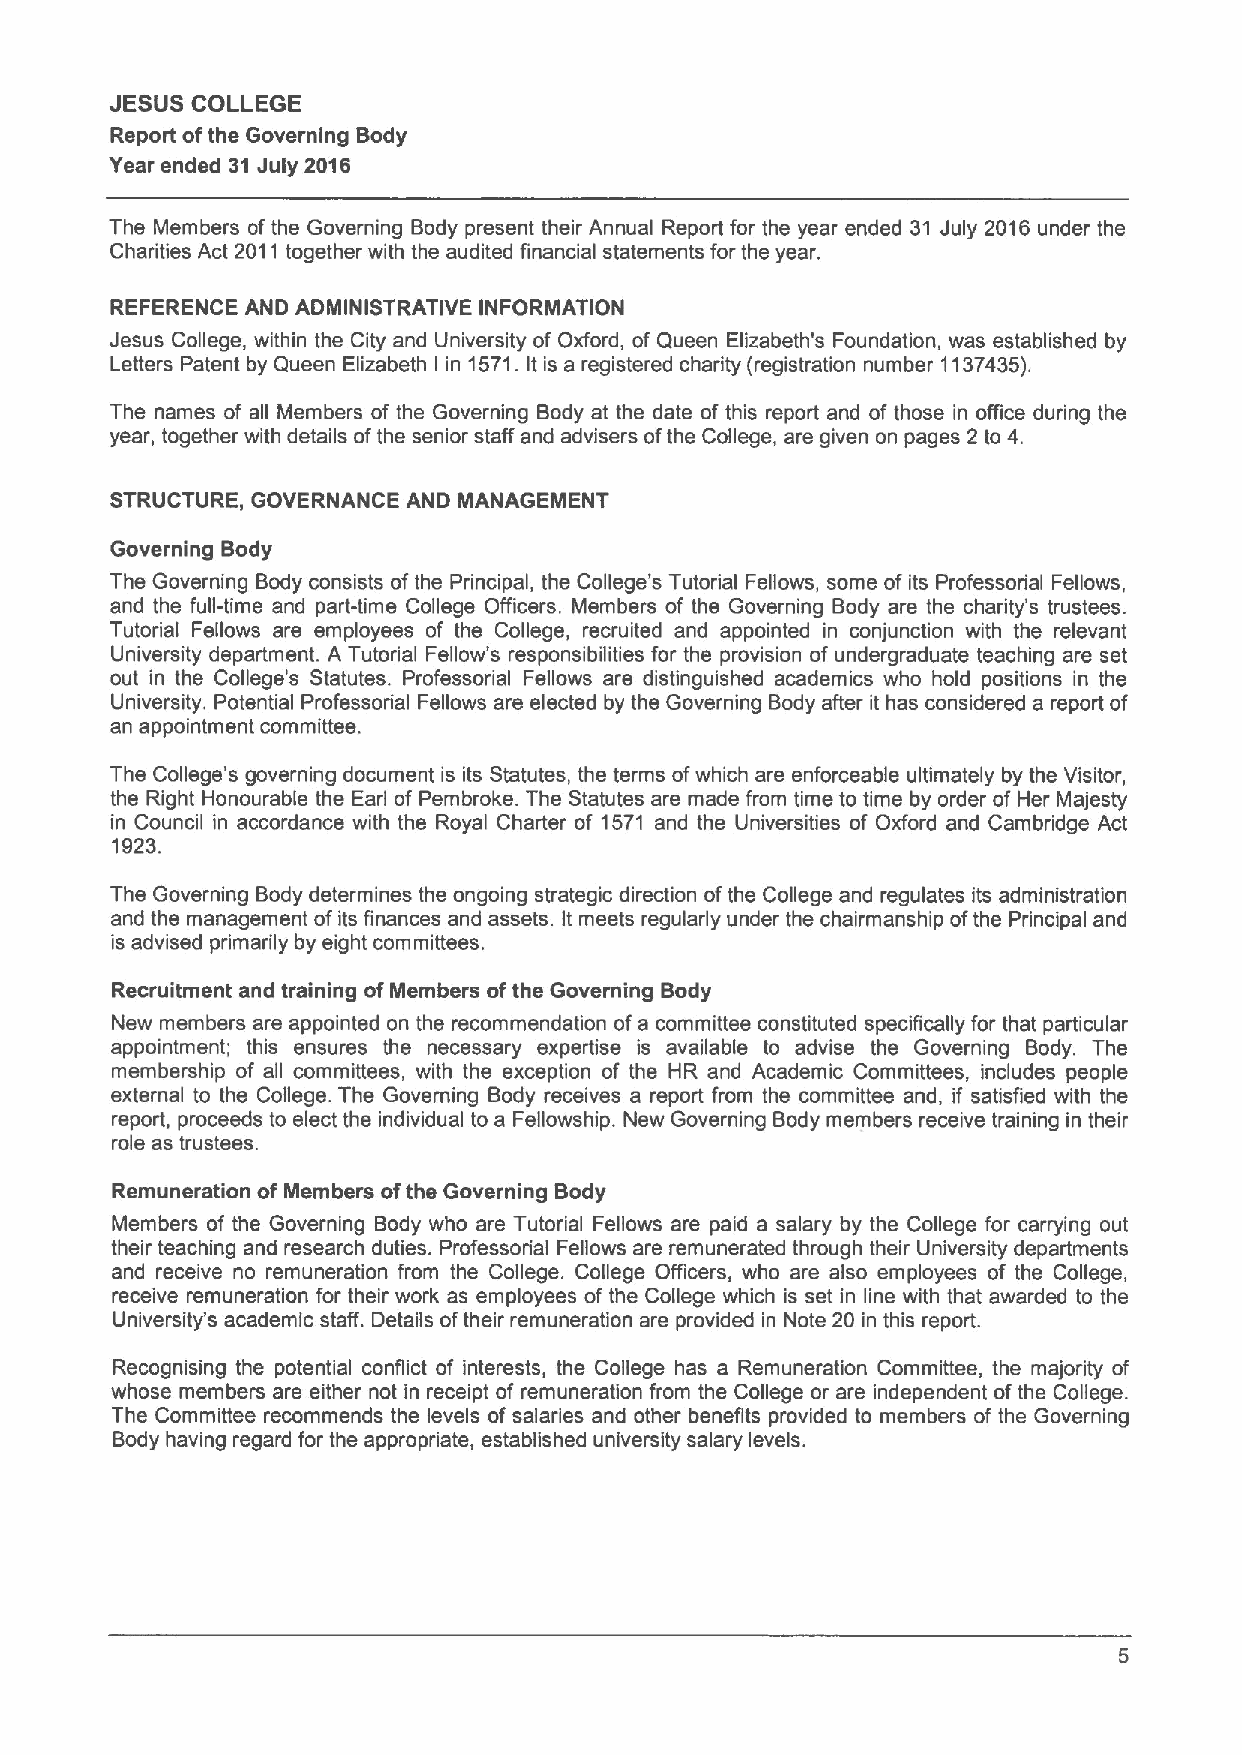
JESUS COLLEGE
 Report ofthe Governing Body
 Year ended 31July 2016
 The Members of the Governing Body present their Annual Report for the year ended 31 July 2016 under the
 Charities Act 2011 together with the audited financial statements for the year.
 REFERENCE AND ADMINISTRATIVE INFORMATION
 Jesus College, within the City and University of Oxford, of Queen Elizabeth's Foundation, was established by
 Letters Patent by Queen Elizabeth I in 1571. It is a registered charity(registration number 1137435).
 The names of all Members of the Governing Body at the date of this report and of those in office during the
 year, together with details ofthe senior staff and advisers ofthe College, are given on pages 2 to 4.
 STRUCTURE, GOVERNANCE AND MANAGEMENT
 Governing Body
 The Governing Body consists ofthe Principal, the College's Tutorial Fellows, some of its Professorial Fellows,
 and the full-time and part-time College Officers. Members of the Governing Body are the charity's trustees.
 Tutorial Fellows are employees of the College, recruited and appointed in conjunction with the relevant
 University department. A Tutorial Fellow's responsibilities for the provision of undergraduate teaching are set
 out in the College's Statutes. Professorial Fellows are distinguished academics who hold positions in the
 University. Potential Professorial Fellows are elected by the Governing Body after it has considered a report of
 an appointment committee.
 The College's governing document is its Statutes, the terms ofwhich are enforceable ultimately by the Visitor,
 the Right Honourable the Earl of Pembroke. The Statutes are made from time to time by order of Her Majesty
 in Council in accordance with the Royal Charter of 1571 and the Universities of Oxford and Cambridge Act
 1923.
 The Governing Body determines the ongoing strategic direction ofthe College and regulates its administration
 and the management ofits finances and assets. It meets regularly under the chairmanship ofthe Principal and
 is advised primarily by eight committees.
 Recruitment and training ofMembers ofthe Governing Body
 New members are appointed on the recommendation of a committee constituted specifically for that particular
 appointment; this ensures the necessary expertise is available to advise the Governing Body. The
 membership of all committees, with the exception of the HR and Academic Committees, includes people
 external to the College. The Governing Body receives a report from the committee and, if satisfied with the
 report, proceeds to elect the individual to a Fellowship. New Governing Body members receive training in their
 role as trustees.
 Remuneration of Members ofthe Governing Body
 Members of the Governing Body who are Tutorial Fellows are paid a salary by the College for carrying out
 their teaching and research duties. Professorial Fellows are remunerated through their University departments
 and receive no remuneration from the College. College Officers, who are also employees of the College,
 receive remuneration for their work as employees of the College which is set in line with that awarded to the
 University's academic staff. Details oftheir remuneration are provided in Note 20 in this report.
 Recognising the potential conflict of interests, the College has a Remuneration Committee, the majority of
 whose members are either not in receipt of remuneration from the College or are independent ofthe College.
 The Committee recommends the levels of salaries and other benefits provided to members of the Governing
 Body having regard for the appropriate, established university salary levels.